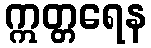
ဣတ္တရေန